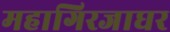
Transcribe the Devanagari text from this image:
महागिरजाघर